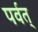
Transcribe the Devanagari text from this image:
पर्वत्